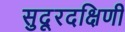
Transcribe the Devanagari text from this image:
सुदूरदक्षिणी